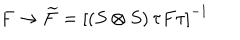
LaTeX: F \rightarrow \widetilde { F } = \left[ ( S \otimes S ) \, \tau F \tau \right] ^ { - 1 }